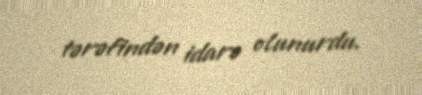
tərəfindən idarə olunurdu.